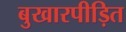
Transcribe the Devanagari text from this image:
बुखारपीड़ित